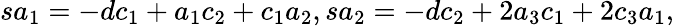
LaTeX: sa_{1}=-dc_{1}+a_{1}c_{2}+c_{1}a_{2},sa_{2}=-dc_{2}+2a_{3}c_{1}+2c_{3}a_{1},